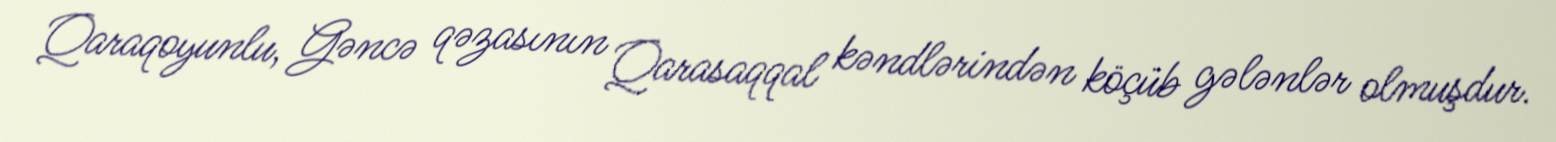
Qaraqoyunlu, Gəncə qəzasının Qarasaqqal kəndlərindən köçüb gələnlər olmuşdur.